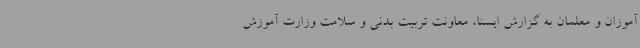
آموزان و معلمان به گزارش ایسنا، معاونت تربیت بدنی و سلامت وزارت آموزش